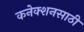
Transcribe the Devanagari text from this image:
कनेक्शनसाठी